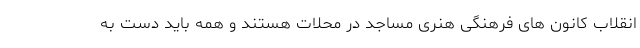
انقلاب کانون های فرهنگی هنری مساجد در محلات هستند و همه باید دست به